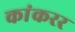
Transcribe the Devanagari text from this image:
कांकरर